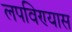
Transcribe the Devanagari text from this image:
लपविण्यास